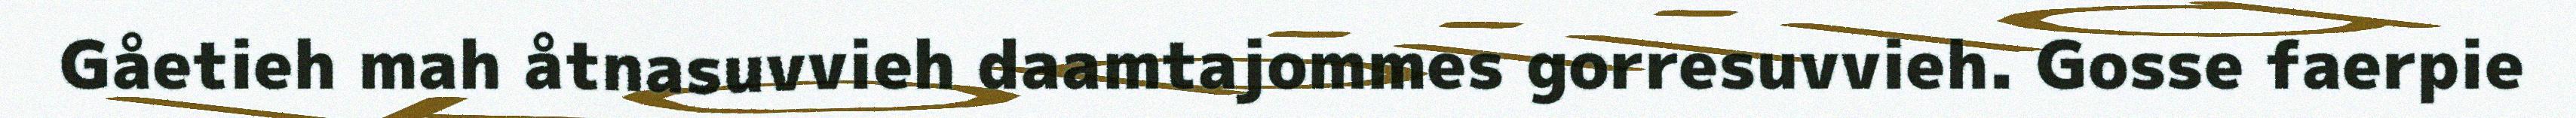
Gåetieh mah åtnasuvvieh daamtajommes gorresuvvieh. Gosse faerpie